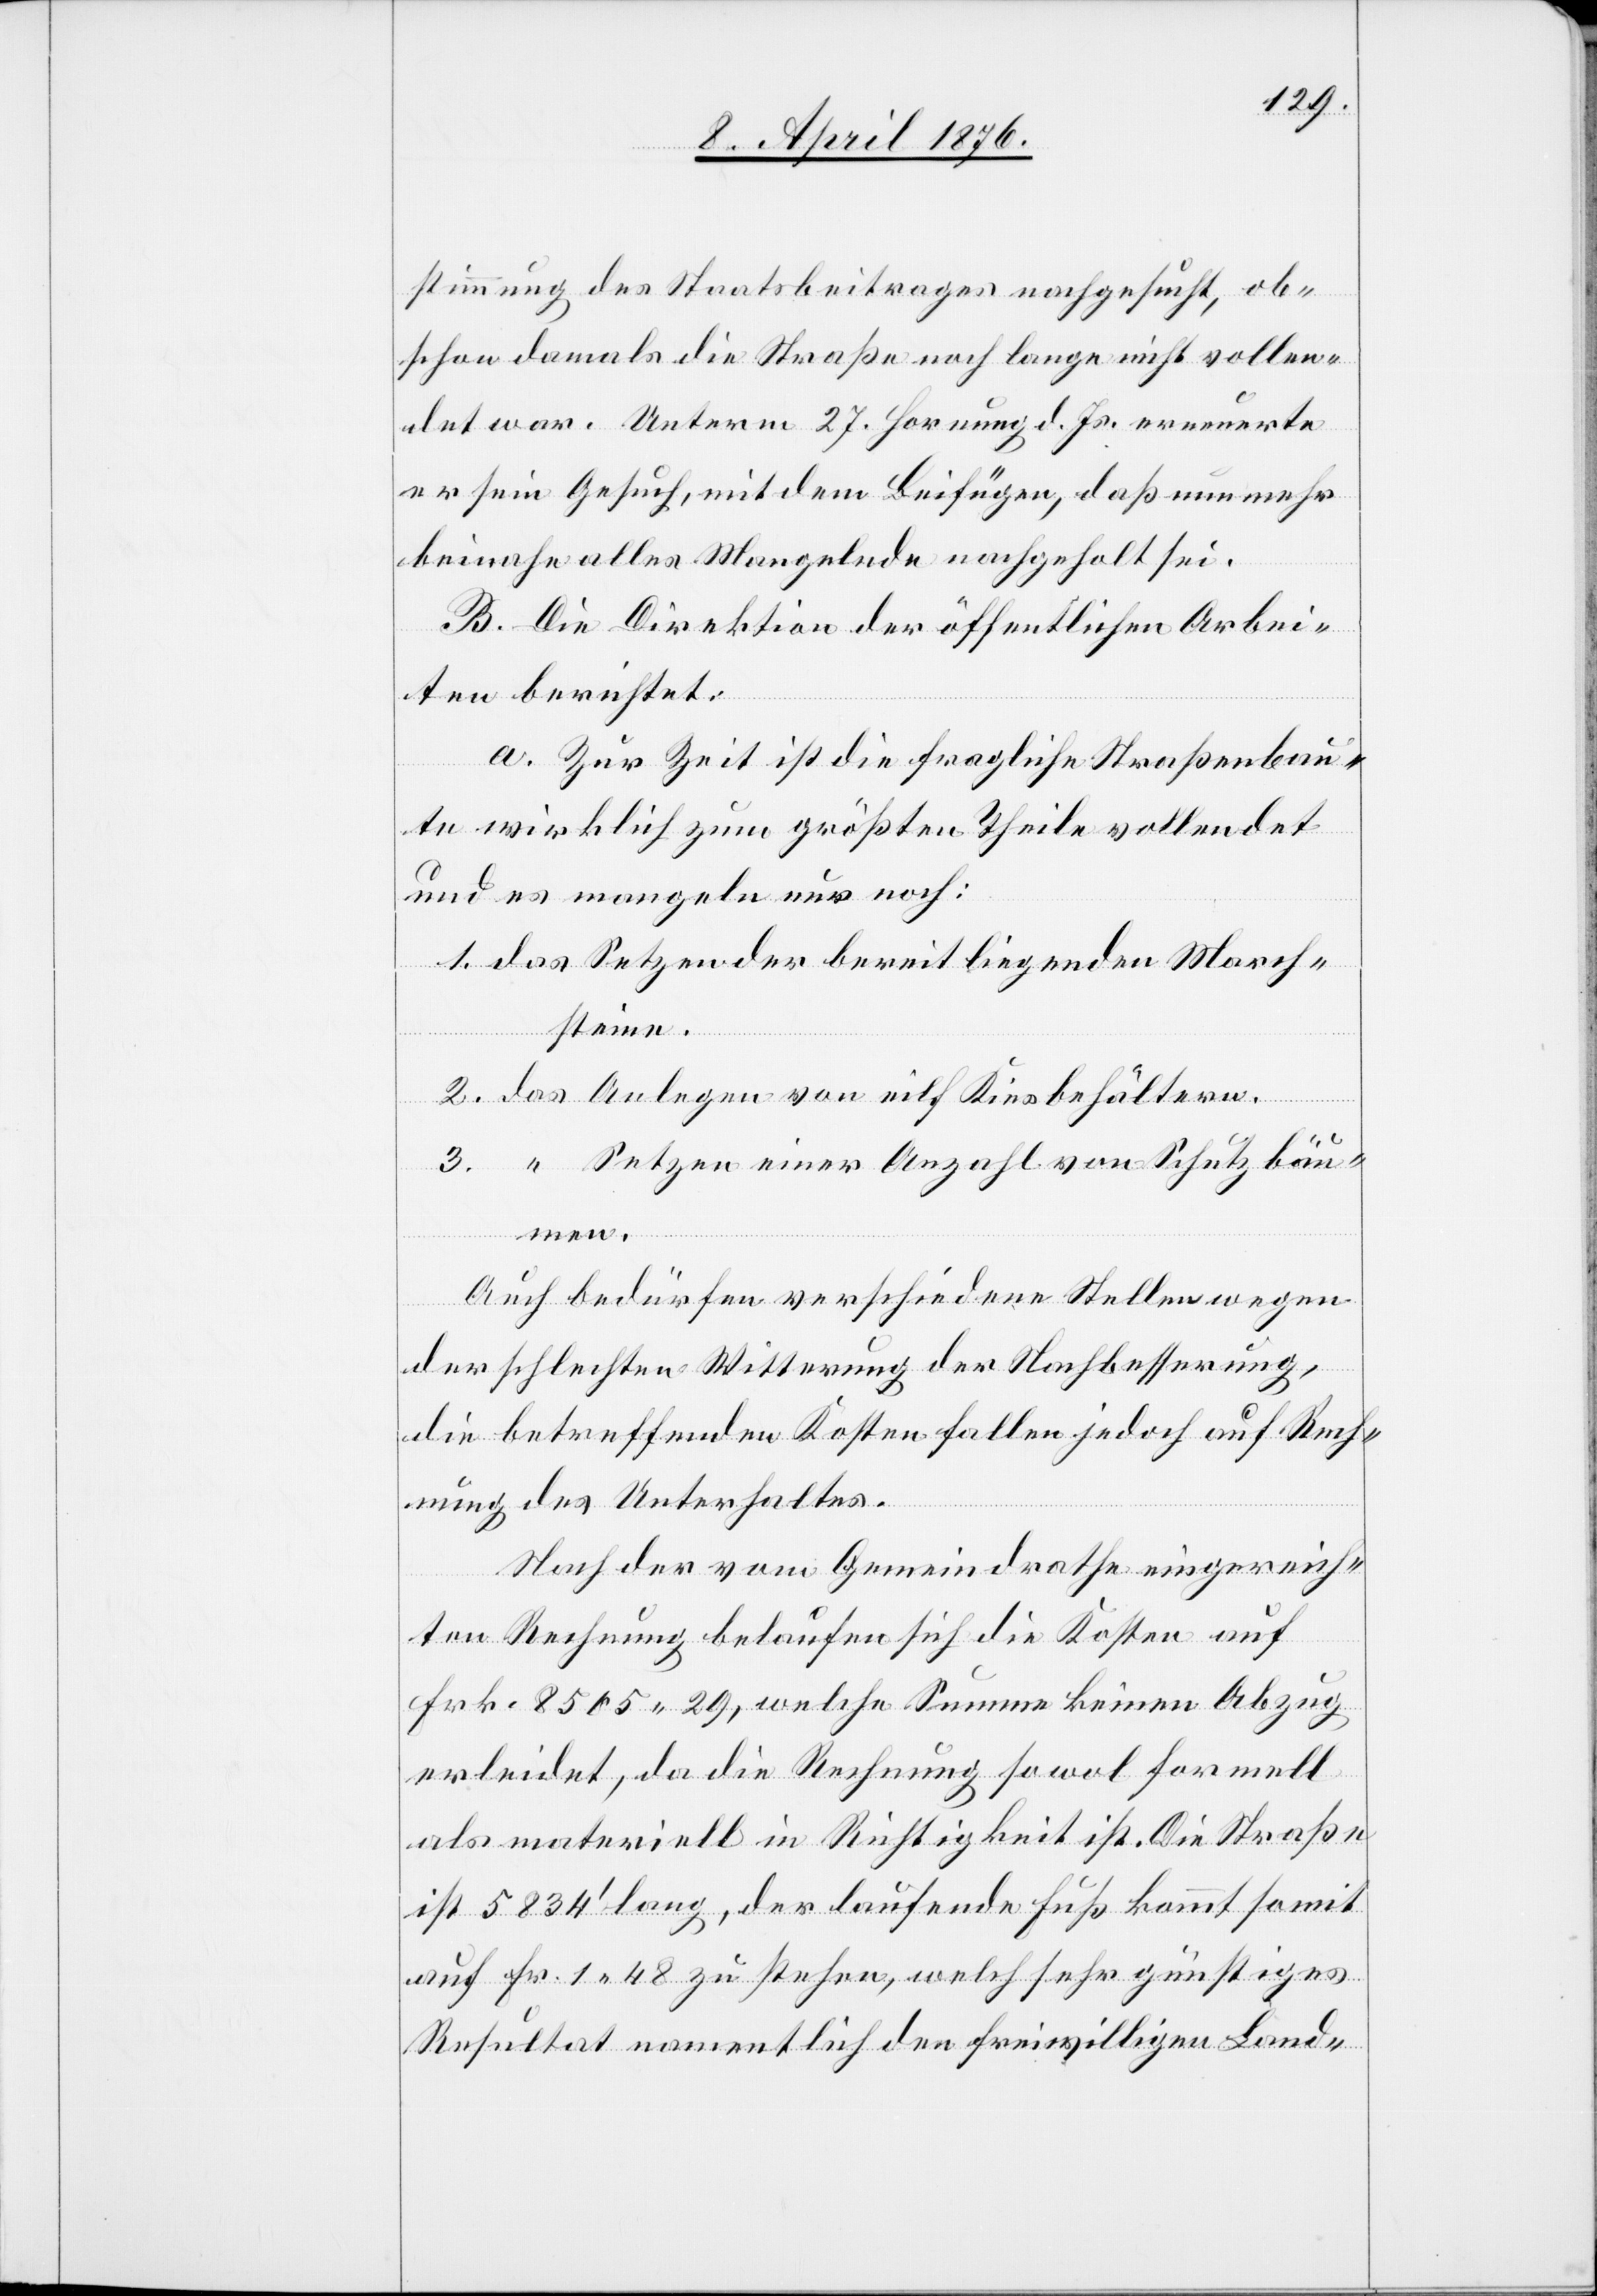
stimmung des Staatsbeitrages nachgesucht, ob¬
schon damals die Straße noch lange nicht vollen¬
det war. Unterm 27. Hornung d. Js. erneuerte
er sein Gesuch, mit dem Beifügen, daß nunmehr
beinahe alles Mangelnde nachgeholt sei.
B. Die Direktion der öffentlichen Arbei¬
ten berichtet:
a. Zur Zeit ist die fragliche Straßenbau¬
te wirklich zum größten Theile vollendet
und es mangele nur noch:
einer
Auf Bedürfen verschiedener Stellen wegen
der schlechten Witterung der Nachbesserung,
die betreffenden Kosten fallen jedoch auf Rech¬
nung des Unterhaltes.
Nach der vom Gemeindrathe eingereich¬
ten Rechnung belaufen sich die Kosten auf
Frk. 8505 29, welche Summe keinen Abzug
erleidet, da die Rechnung sowol formell
als materiell in Richtigkeit ist. Die Straße
ist 5834‘ lang, der laufende Fuß kommt somit
auf Fr. 1 48 zu stehen, welch sehr günstiges
Resultat namentlich den freiwilligen Land-